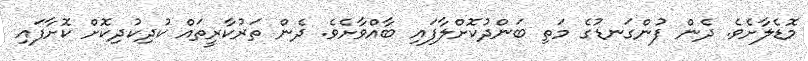
މޮޑެލާށެވެ. ދެން ފުންގަނޑުގެ މަތި ބަންދުކޮށްލާފައި ބާއްވާށެވެ. ދެން ތަރުކާރީތައް ކުދިކުދިކޮށް ކޮށާފައި